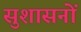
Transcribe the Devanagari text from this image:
सुशासनों